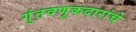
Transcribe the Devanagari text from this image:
गुंतवणूकदारांचे